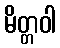
မိတ္တဝါ